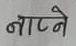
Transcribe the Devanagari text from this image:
नाप्ने